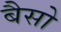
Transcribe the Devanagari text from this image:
बैसो